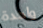
واحدة